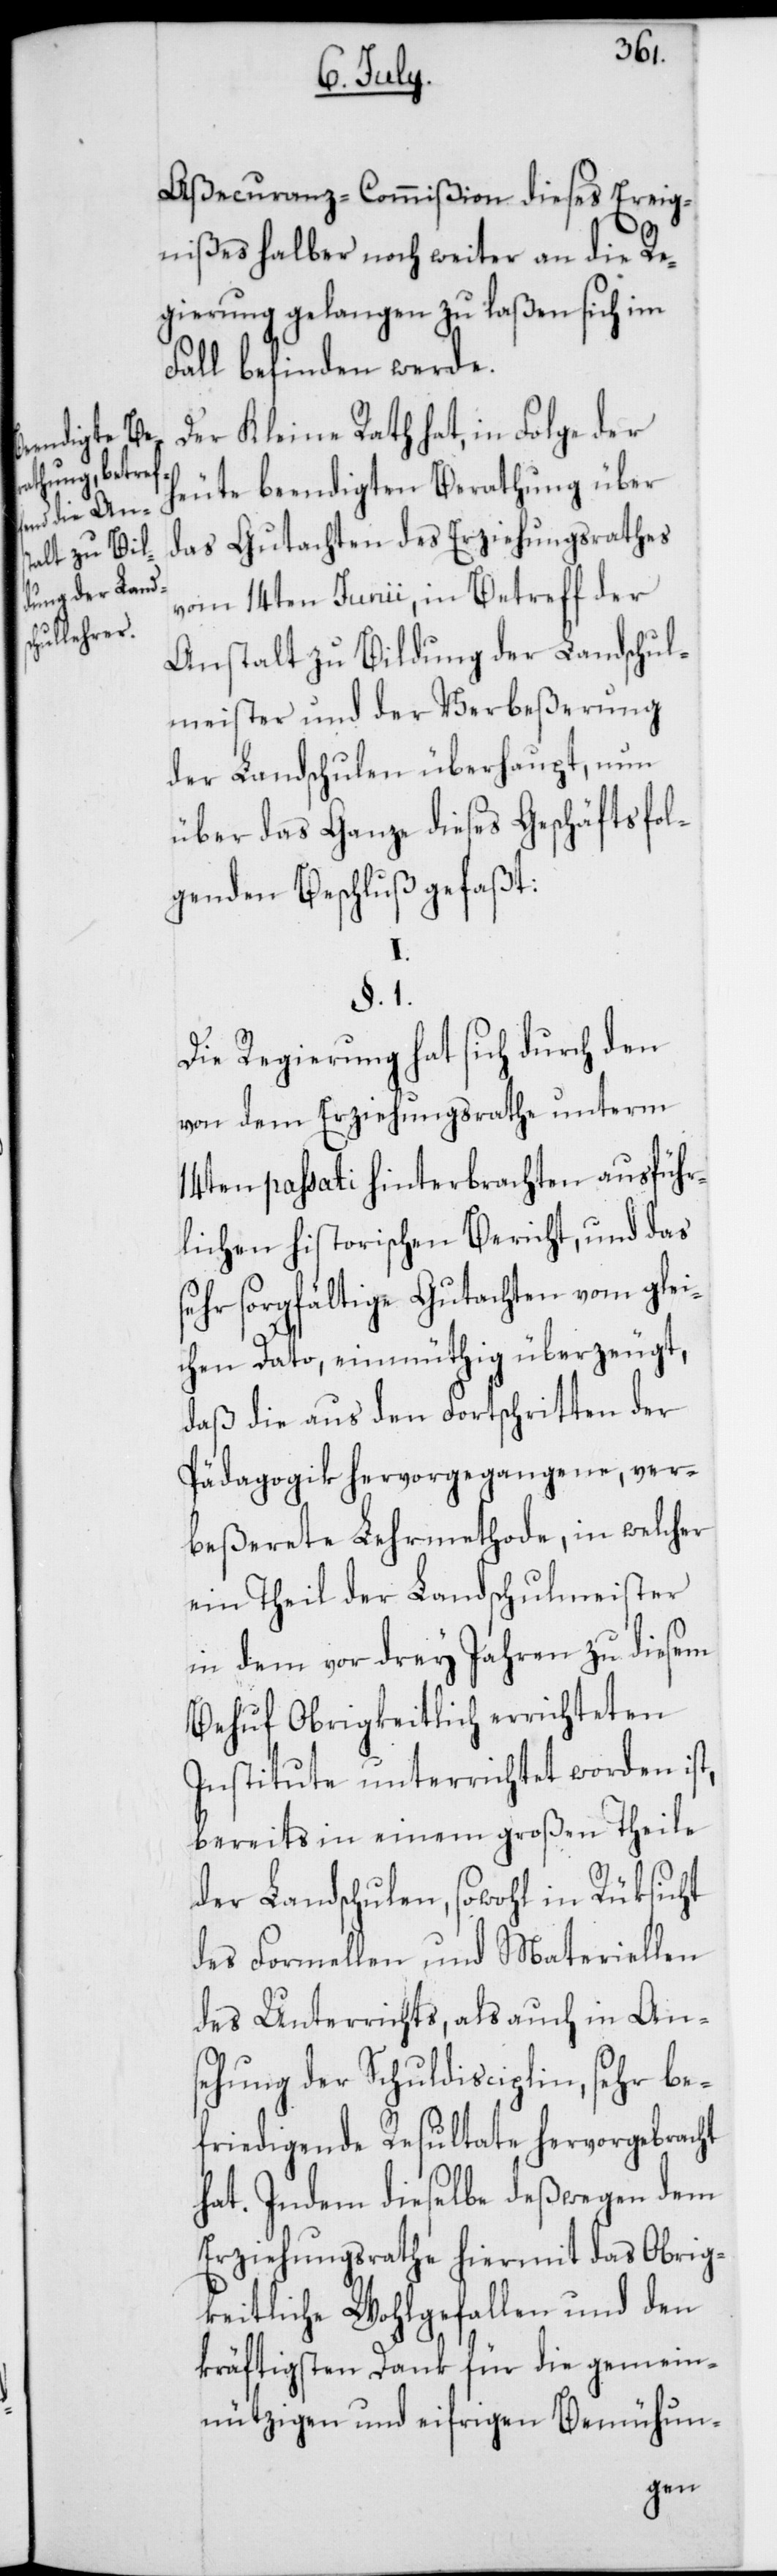
Aßecuranz-Commißion dieses Ereig¬
nißes halber noch weiter an die Re¬
gierung gelangen zu laßen sich im
Fall befinden werde.
Der Kleine Rath hat, in Folge der
heute beendigten Berathung über
das Gutachten des Erziehungsrathes
vom 14ten Junii, in Betreff der
Anstalt zu Bildung der Landschul¬
meister und der Verbeßerung
der Landschulen überhaupt, nun
über das Ganze dieses Geschäfts fol¬
genden Beschluß gefaßt:
Die Regierung hat sich durch den
von dem Erziehungsrathe unterm
14ten passati hinterbrachten ausführ¬
lichen historischen Bericht, und das
sehr sorgfältige Gutachten vom glei¬
chen dato, einmüthig überzeugt,
daß die aus den Fortschritten der
Pädagogik hervorgegangene, ver¬
beßerete Lehrmethode, in welcher
ein Theil der Landschulmeister
in dem vor drey Jahren zu diesem
Behuf Obrigkeitlich errichteten
Institute unterrichtet worden ist,
bereits in einem großen Theile
der Landschulen, sowohl in Rüksicht
des Formellen und Materiellen
des Unterrichts, als auch in An¬
sehung der Schuldisciplin, sehr be¬
friedigende Resultate hervorgebracht
hat. Indem dieselbe deßwegen dem
Erziehungsrathe hiermit das Obrig¬
keitliche Wohlgefallen und den
kräftigsten Dank für die gemein¬
nützigen und eifrigen Bemühun-